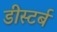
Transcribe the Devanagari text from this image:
डीस्टर्ब